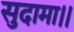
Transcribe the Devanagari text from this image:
सुदामा।।